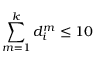
\sum _ { m = 1 } ^ { k } d _ { i } ^ { m } \leq 1 0